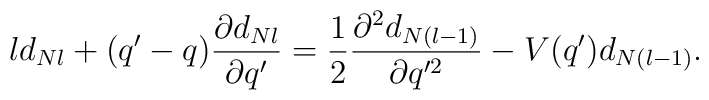
ld_{Nl}+(q'-q) \frac{\partial d_{Nl}}{\partial q'} =  \frac{1}{2} \frac{\partial^2 d_{N(l-1)}}  {\partial q'^2} -V(q')d_{N(l-1)}.